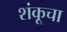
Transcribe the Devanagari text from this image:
शंकूचा